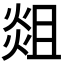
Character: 𭵞